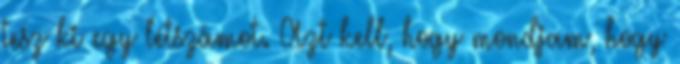
tesz ki egy létszámot. Azt kell, hogy mondjam, hogy